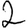
Digit: 2